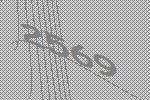
2569